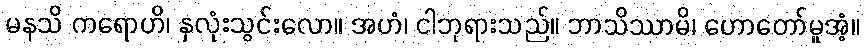
မနသိ ကရောဟိ၊ နှလုံးသွင်းလော။ အဟံ၊ ငါဘုရားသည်။ ဘာသိဿာမိ၊ ဟောတော်မူအံ့။